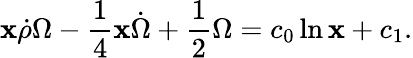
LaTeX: \mathbf{x}\dot{{\rho}}\Omega-\frac{{1}}{{4}}\mathbf{x}\dot{{\Omega}}+\frac{{1}}{{2}}\Omega=c_{0}\ln\mathbf{x}+c_{1}.